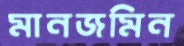
মানজমিন